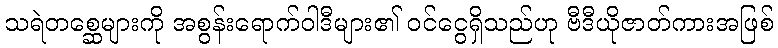
သရဲတစ္ဆေများကို အစွန်းရောက်ဝါဒီများ၏ ဝင်ငွေရှိသည်ဟု ဗီဒီယိုဇာတ်ကားအဖြစ်